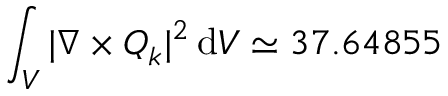
\int _ { V } | \nabla \times \boldsymbol { Q } _ { k } | ^ { 2 } \, \mathrm { d } V \simeq 3 7 . 6 4 8 5 5